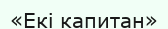
«Екі капитан»